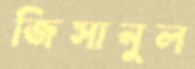
জিসানুল